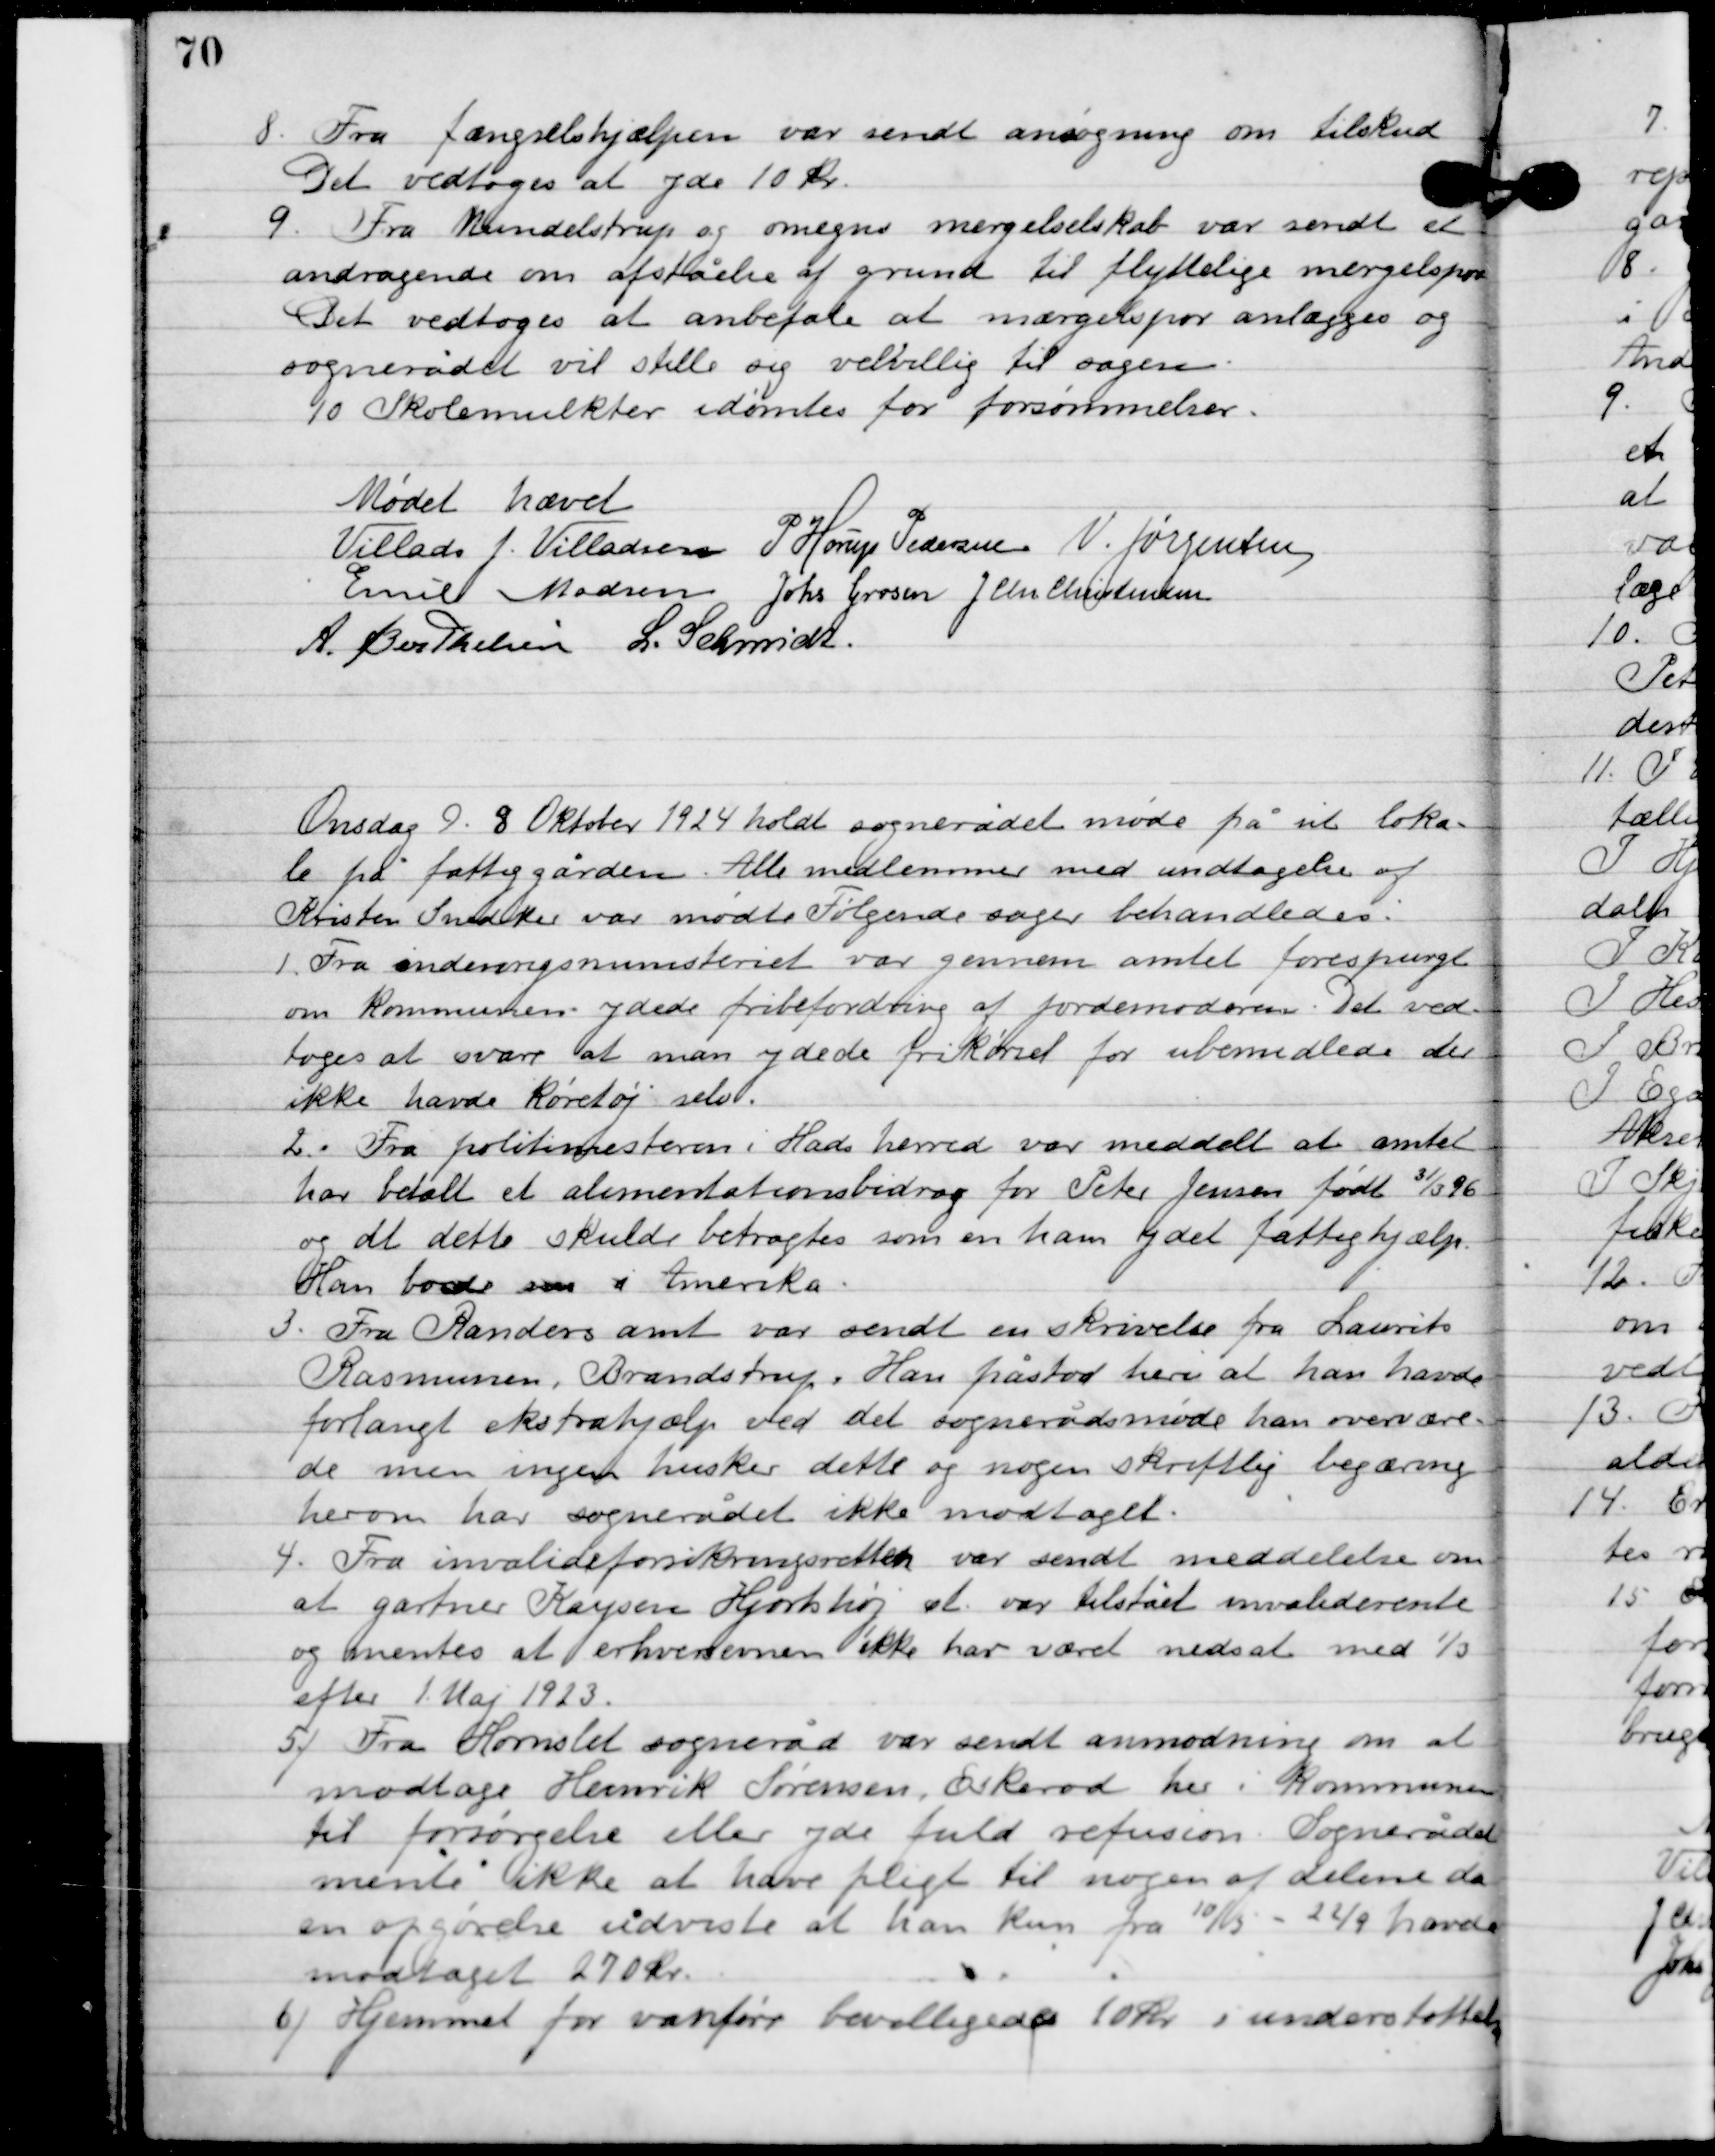
Transskription:
8

Fra fængselshjælpen var sendt ansøgning om tilskud.
Det vedtogesat yde 10 kr.

9

fra Mundelstrup og omegn mergelselskab var sendt et
andragende om afståelse af grund til flyttelige mergelspor.
Det vedtoges at anbefale at mærgelspor anlægges og
sognerådet vil stille sig velvillig til sagen.

10

Skolemulkter idømtes for forsømmelser.

Mødet hævet

Villads J. Villadsen
P. Horup Pedersen
N. Jørgensen
Emil Madsen
Johs. Grosen
J. Chr. Christensen
A. Berthelsen
L. Schmidt

Onsdag D. 8. Oktober 1924 holdt sognerådet møde på sit loka-
le på fattiggården. Alle medlemmer med undtagelse af
Kristen Snedker var mødte. Følgende sager behandledes.

1

Fra undervisningsministeriet var gennem amtet forespurgt
om kommunen ydede fribefordring af jordemoderen. Det ved-
toges at svare at man ydede frikørsel for ubemidlede der
ikke havde køretøj selv.

2

Fra politimesteren i Hads herred var meddelt at amtet
har betalt et alimentationsbidrag for Peter Jensen født 31/3 96
og dt dette skulde betragtes som en ham ydet fattighjælp.
Han boede i Amerika.

3

Fra Randers amt var sendt en skrivelse fra Laurits
Rasmussen. Brandstrup. Han påstod heri at han havde
forlangt ekstrahjælp ved det sognerådsmøde han overvære-
de men ingen husker dette og nogen skriftlig begæring
herover har sognerådet ikke modtaget.

4

Fra invalideforsikringsretten var sendt meddelelse om
at gartner Kaysen Hjortshøj at var tilstået invaliderente
og mentes at erhvervelsen ikke har været nedsat med 1/3
efter 1. Maj 1923.

5

Fra Hornslet sogneråd var sendt anmodning om at
modtage Henrik Sørensen, Eskerod her i kommunen
til forsørgelse eller yde fuld refusion. Sognerådet
mente ikke at have pligt til nogen af delene da
en opgørelse udviste at han kun fra 10/3 – 22/9 havde
modtaget 270 kr.

6

Hjemmet for vandføre bevilgede 10 kr. i understøttelse.